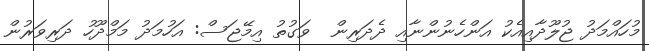
މުހައްމަދު ޖުލޫދާއިއެކު އަންހެނުންނާއި ދެދަރިން  ވަގުތު އިމޭޖަސް: އަހުމަދު މަމްދޫހު ދަރިވަރުން